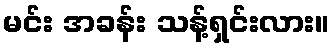
မင်း အခန်း သန့်ရှင်းလား။